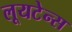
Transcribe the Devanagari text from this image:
लूयटेन्स